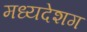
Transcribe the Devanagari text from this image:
मध्यदेशग